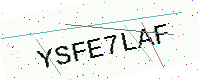
Text: YSFE7LAF